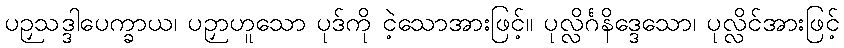
ပဉှသဒ္ဒါပေက္ခာယ၊ ပဉှာဟူသော ပုဒ်ကို ငဲ့သောအားဖြင့်။ ပုလ္လိင်္ဂနိဒ္ဒေသော၊ ပုလ္လိင်အားဖြင့်